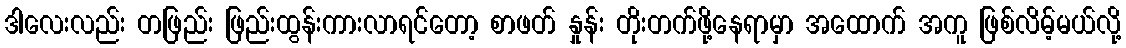
ဒါလေးလည်း တဖြည်း ဖြည်းထွန်းကားလာရင်တော့ စာဖတ် နှုန်း တိုးတက်ဖို့နေရာမှာ အထောက် အကူ ဖြစ်လိမ့်မယ်လို့